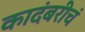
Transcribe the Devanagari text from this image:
कादंबरीचं